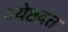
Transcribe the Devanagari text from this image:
ज्येष्ठदत्त